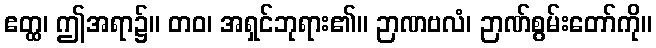
ဧတ္ထ၊ ဤအရာ၌။ တဝ၊ အရှင်ဘုရား၏။ ဉာဏဗလံ၊ ဉာဏ်စွမ်းတော်ကို။